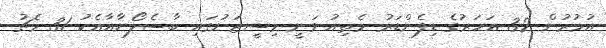
އުމުރުން 32 އަހަރުގެ ޑިފެންޑަރު މެތިއު ވަނީ މިސީޒަނުގައި ބާސެލޯނާއާއެކު 31 މެޗު